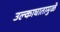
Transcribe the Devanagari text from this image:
उल्काघातामुळे